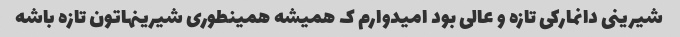
شیرینی دانمارکی تازه و عالی بود امیدوارم ک همیشه همینطوری شیرینهاتون تازه باشه